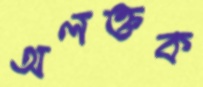
অলক্তক